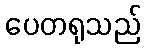
ပေတရုသည်